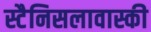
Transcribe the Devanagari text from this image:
स्टैनिसलावास्की